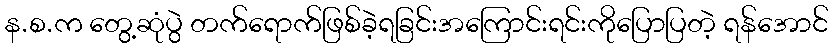
န.စ.က တွေ့ဆုံပွဲ တက်ရောက်ဖြစ်ခဲ့ရခြင်းအကြောင်းရင်းကိုပြောပြတဲ့ ရန်အောင်